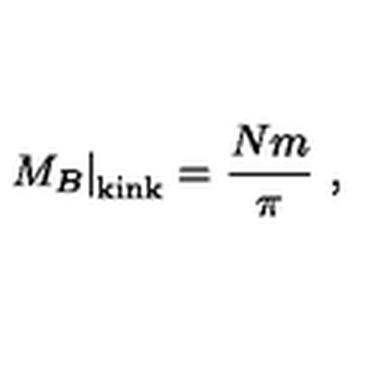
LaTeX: \left. M _ { B } \right| _ { \mathrm { k i n k } } = \frac { N m } { \pi } \ ,